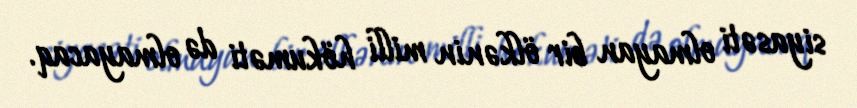
siyasəti olmayan bir ölkənin milli hökuməti də olmayacaq.